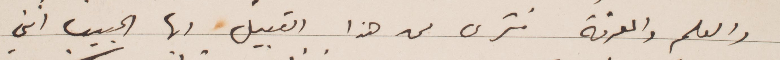
والعلم والمعرفة فترى من هذا القبيل ايها الحبيب انني